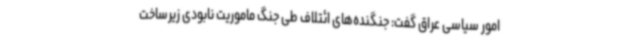
امور سیاسی عراق گفت: جنگنده‌های ائتلاف طی جنگ ماموریت نابودی زیرساخت